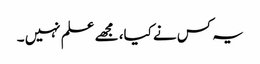
یہ کس نے کیا، مجھے علم نہیں ۔